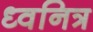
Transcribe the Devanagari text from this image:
ध्वनित्र